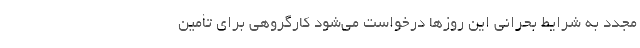
مجدد به شرایط بحرانی این روزها درخواست می‌شود کارگروهی برای تأمین